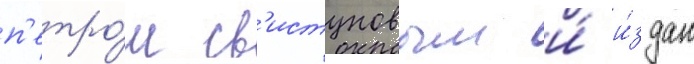
п'етро́м св'истуновым и́ и́здан